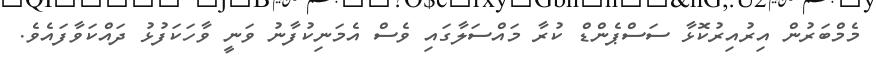
މެމްބަރުން އިރުއިރުކޮޅާ ސަސްޕެންޑް ކުރާ މައްސަލާގައި ވެސް އެމަނިކުފާނު ވަނީ ވާހަކަފުޅު ދައްކަވާފައެވެ.